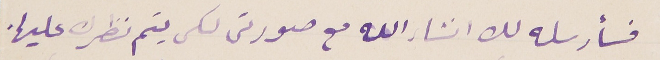
فسأرسله لك انشاء الله مع صورتى لكى يتم نظرك عليها.